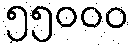
၅၅၀၀၀